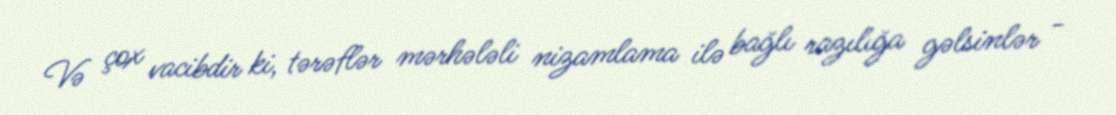
Və çox vacibdir ki, tərəflər mərhələli nizamlama ilə bağlı razılığa gəlsinlər -